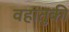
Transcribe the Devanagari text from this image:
वहातुकी